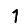
Digit: 1